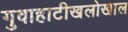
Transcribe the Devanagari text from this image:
गुवाहाटीखलोखाल